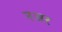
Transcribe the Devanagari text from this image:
नअर